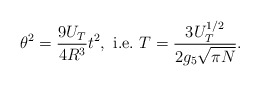
\begin{align*}\theta^2=\frac{9U_T}{4R^3}t^2,~{\rm i.e.}~T=\frac{3U_T^{1/2}}{2g_5\sqrt{\pi N}}.\end{align*}